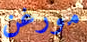
مورغن